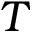
T